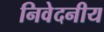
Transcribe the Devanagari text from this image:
निवेदनीय